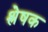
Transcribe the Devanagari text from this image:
श्लेषक